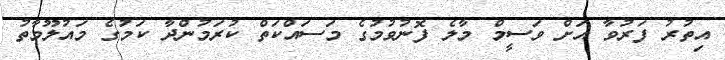
އިތުރު ފަރުވާ އަށް ވަސީމް މާލެ ފޮނުވުމުގެ މަސައްކަތް ކުރަމުންދާ ކަމުގެ މައުލޫމާތު